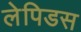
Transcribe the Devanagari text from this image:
लेपिडस